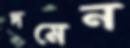
দমেন